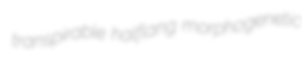
transpirable halflang morphogenetic